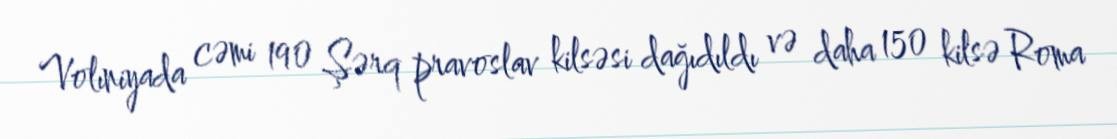
Volıniyada cəmi 190 Şərq pravoslav kilsəsi dağıdıldı və daha 150 kilsə Roma